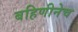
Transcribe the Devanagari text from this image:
बहिणीनेच